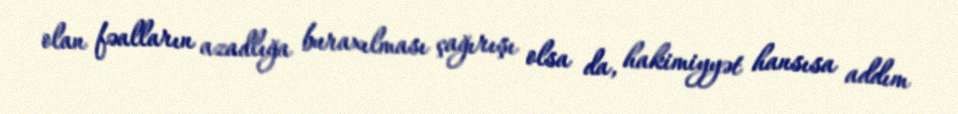
olan fəalların azadlığa buraxılması çağırışı olsa da, hakimiyyət hansısa addım